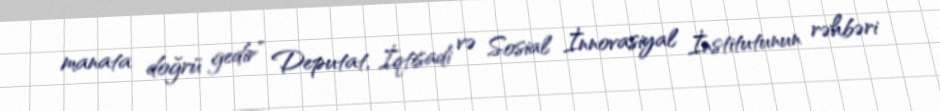
manata doğrü gedir” Deputat, İqtisadi və Sosial İnnovasiyal İnstitutunun rəhbəri